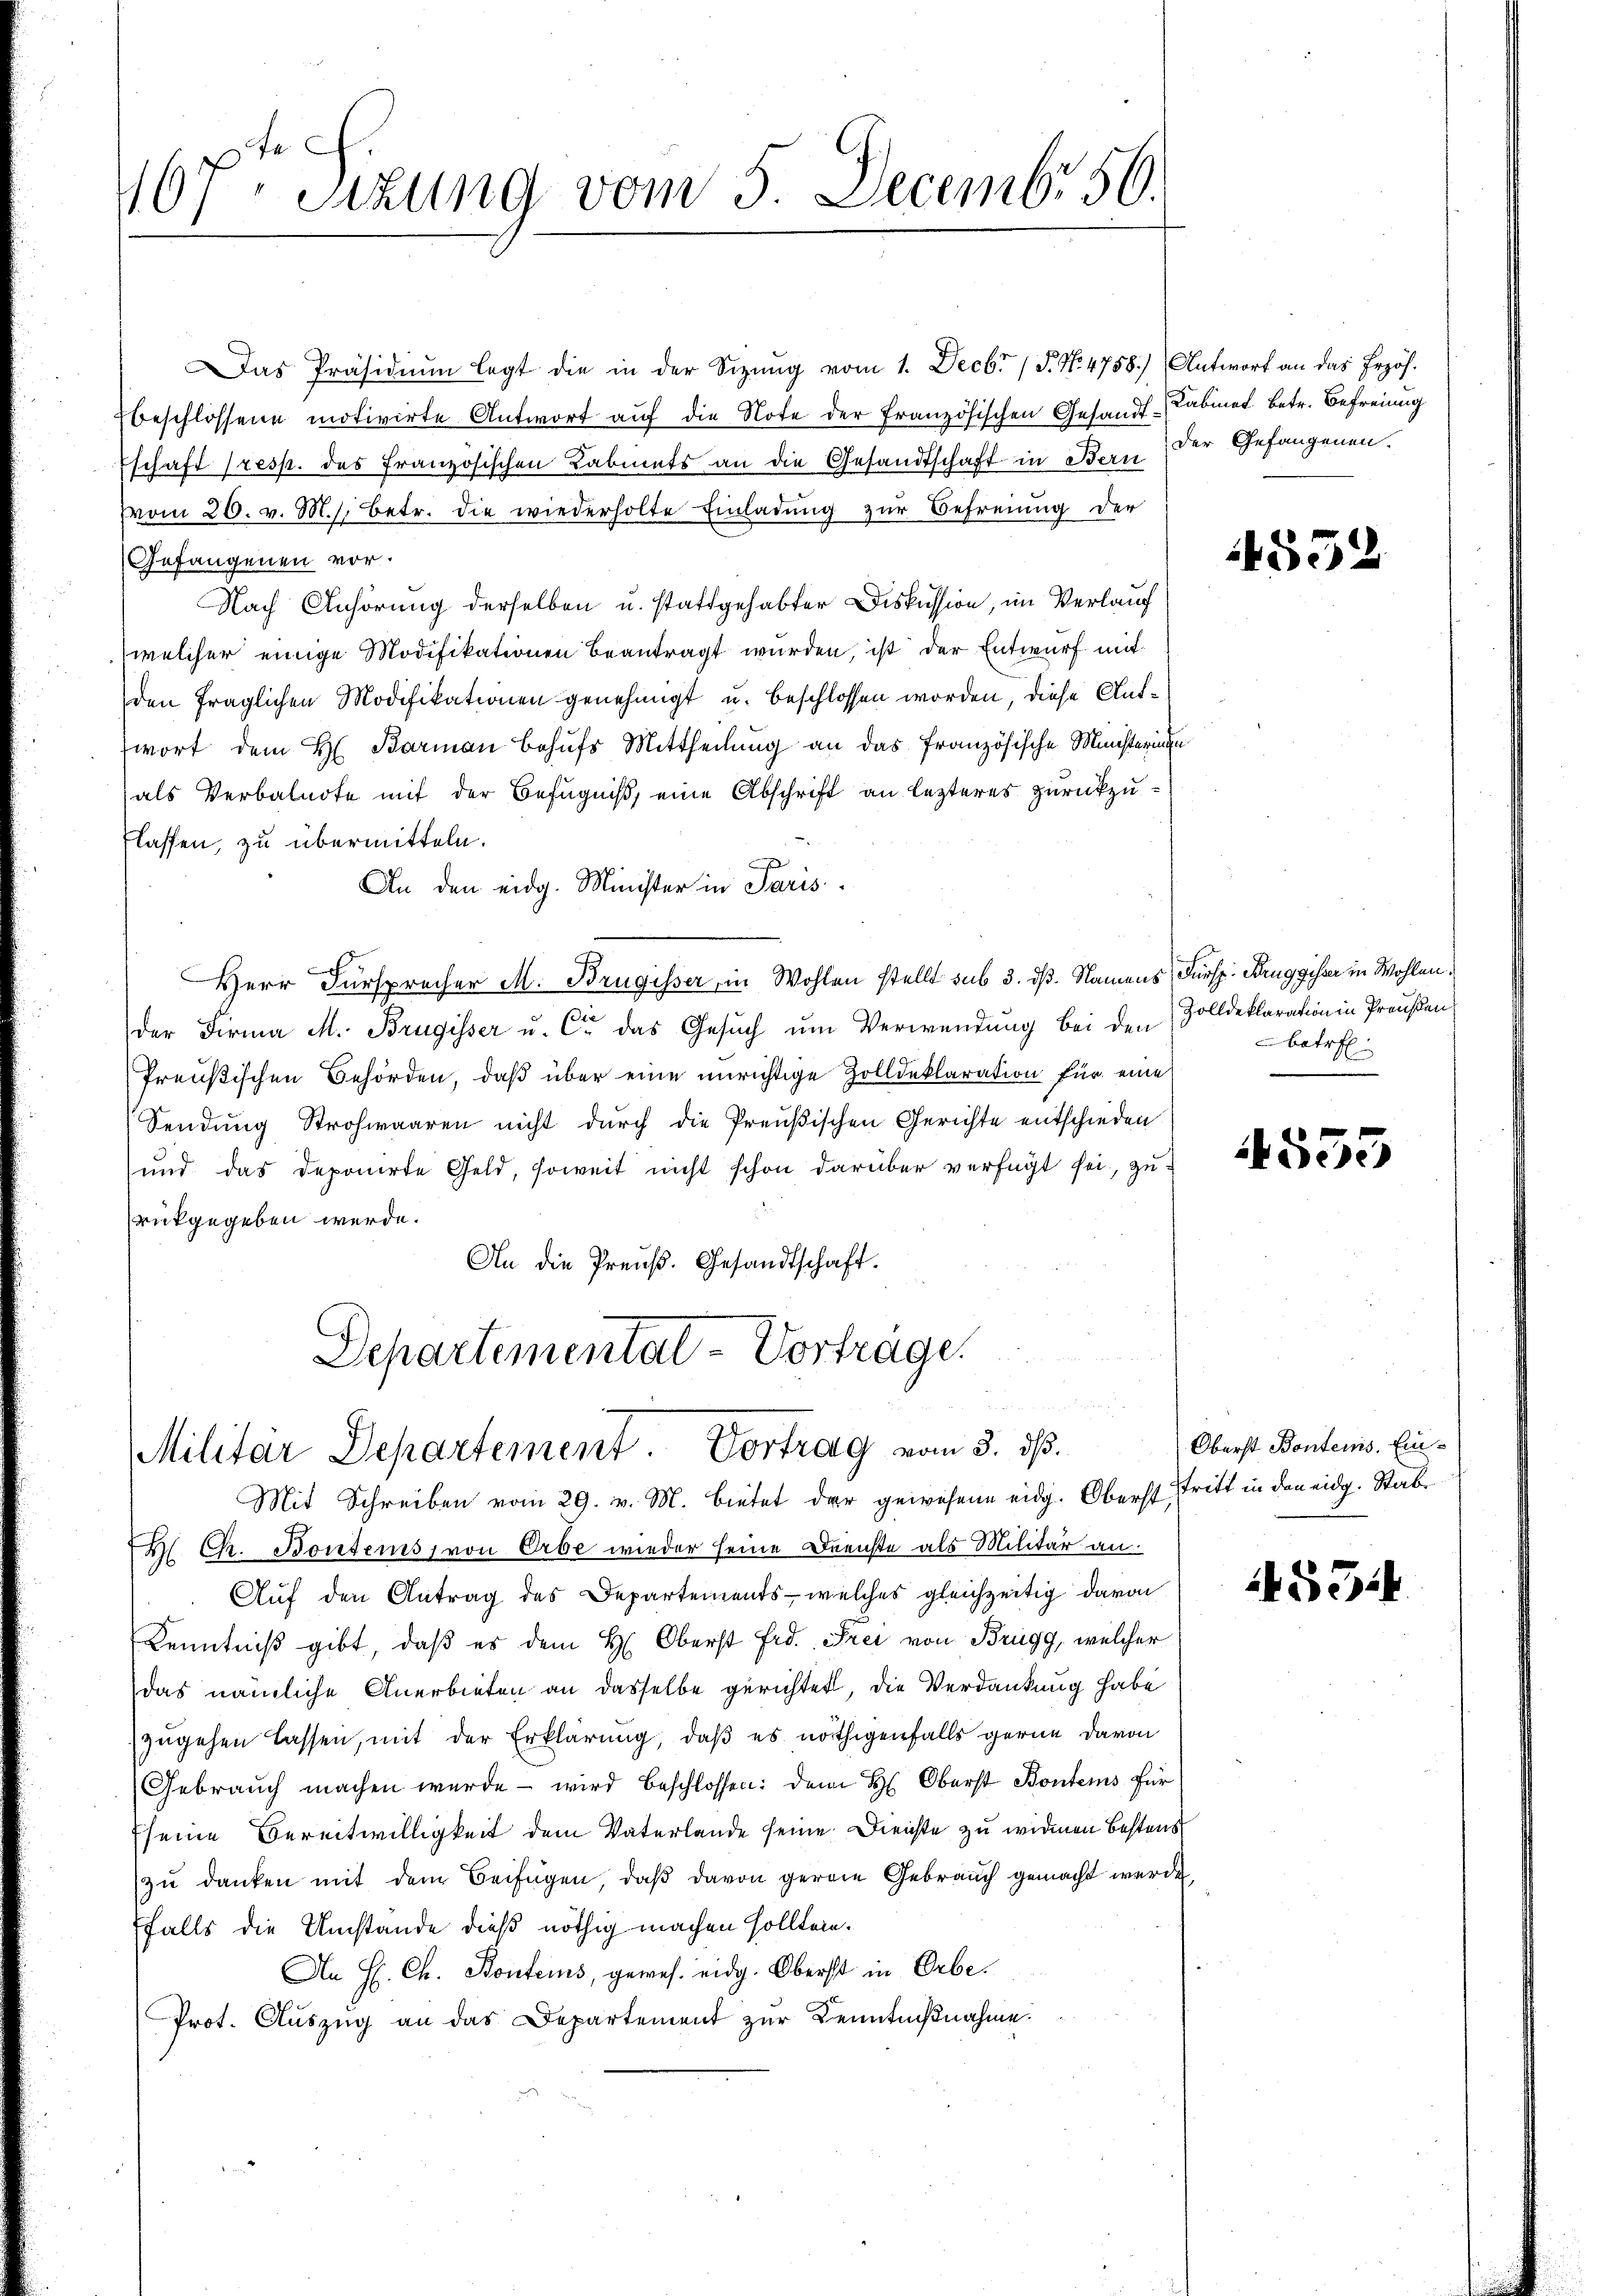
467 Sizung vom 5. Decembr 50.

Das Präsidium legt die in der Sitzung vom 1. Decbr / P. No. 4758.) Antwort an das Erzöhbeschlossene motivirte Antwort aŭf die Note der französischen Gesandt-Cabinet betr. Befreiung
Tschaft resp. des französischen Labinets an die Gesandtschaft in Bern
vom 20. v. Ms. betr. die wiederholte Einladŭng zŭr Befreiung der
Gefangenen vor.
Nach Anhörung derselben u. stattgehabter Diskussion, im Verlauf
welcher einige Modifikationen beantragt wurden, ist der Entwurf mit
den fraglichen Modifikationen genehmigt u. beschlossen worden, diese Antwort dem H. Barman behufs Mittheilung an das französische Ministeringe
als Verbalnote mit der Befugniß, eine Abschrift an lezteres zurückzulassen, zu übermitteln.
An den eidg. Minister in Paris.
Herr Fürsprecher M. Brugisser, in Wohlen stellt sub 3. dß. Namens Fürsp. Kruggisser in Wohlen.
der Firma M. Brugisser u. Ce das Gesuch um Verwendung bei den Zolldeklaration in Preußen,
Preußischen Behörden, daß über eine unrichtige Zolldeklaration für eine
Sendung Strohwaaren nicht durch die Preußischen Gerichte entschieden
und das Deponirte Geld, soweit nicht schon darüber verfügt sei, zurückgegeben werde.
An die Preuß. Gesandtschaft.
Departemental-Vorträge.

d
Militär Departement. Vortrag vom 3. ds.
Mit Schreiben vom 29. v. M. bietet der gewesene eidg. Oberst Tritt in den eidg. Stabe

der Gefangenen.

Ch. Bontens, von Erbe wieder seine Dienste als Militär an.
Auf den Antrag des Departements - welches gleichzeitig davon
Kenntniß gibt, daß es dem H. Oberst Erd. Frei von Brugg, welcher
das nämliche Anerbieten an dasselbe gerichtet, die Verdankung habe
zugehen lassen, mit der Erklärung, daß es nöthigenfalls gerne davon
Gebrauch machen werde wird beschlossen: dem H. Oberst Bontens für
Eseine Bereitwilligkeit dem Vaterlande seine Dienste zu widmen bestens
zu danken mit dem Beifügen, daß davon gerne Gebrauch gemacht werde,
falls die Umstände dieß nöthig machen sollten.
An H. Ch. Bonters, gewes. eidg. Oberst in Orbe.
Prot. Auszug an das Departement zur Kenntnißnahme.

552

betr
3

4555

Oberst Bontems. Ein¬

14534